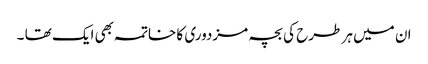
ان میں ہر طرح کی بچہ مزدوری کا خاتمہ بھی ایک تھا ۔